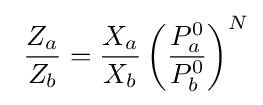
\ {\frac {Z_{a}}{Z_{b}}}={\frac {X_{a}}{X_{b}}}\left({\frac {P_{a}^{0}}{P_{b}^{0}}}\right)^{N}